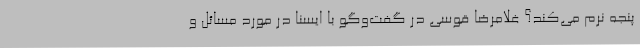
پنجه نرم می‌کند؟ غلامرضا قوسی در گفت‌وگو با ایسنا در مورد مسائل و